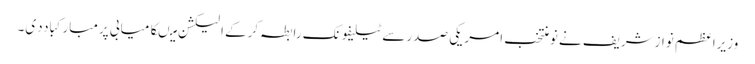
وزیراعظم نوازشریف نے نومنتخب امریکی صدرسے ٹیلیفونک رابطہ کرکے الیکشن میںکامیابی پرمبارکباددی۔